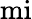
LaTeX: \mathrm{mi}